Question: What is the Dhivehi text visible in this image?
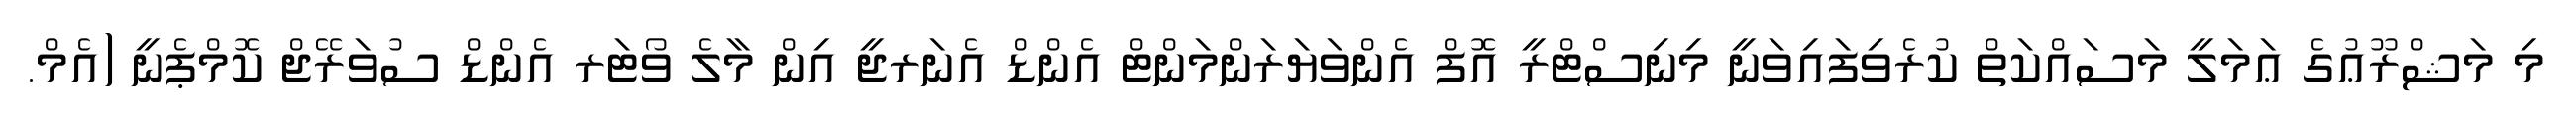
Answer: މި މަޝްރޫޢުގެ ޢަމަލީ މަސައްކަތް ކުރެވިފައިވަނީ މިނިސްޓްރީ އޮފް އެންވަޔަރަންމަންޓް އެންޑް އެނަރޖީ އިން މާލެ ވޯޓަރ އެންޑް ސުވަރޭޖް ކޮމްޕެނީ (އެމް.